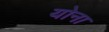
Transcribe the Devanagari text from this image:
योना